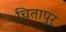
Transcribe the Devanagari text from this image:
चितापुर